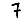
Digit: 7